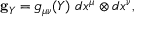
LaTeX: { } { \bf g } _ { Y } = g _ { \mu \nu } ( Y ) \ d x ^ { \mu } \otimes d x ^ { \nu } ,